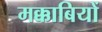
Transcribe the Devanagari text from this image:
मक्काबियों